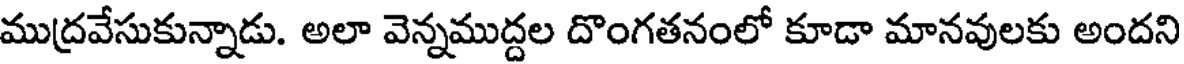
ముద్రవేసుకున్నాడు. అలా వెన్నముద్దల దొంగతనంలో కూడా మానవులకు అందని